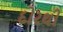
દોરથી